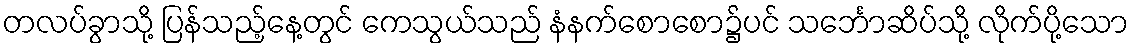
တလပ်ခွာသို့ ပြန်သည့်နေ့တွင် ကေသွယ်သည် နံနက်စောစော၌ပင် သင်္ဘောဆိပ်သို့ လိုက်ပို့သော